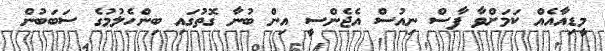
މީޑިއާއެއް ކަމަށްވާ ފާސް ނިއުސް އެޖެންސީ އިން ބުނާ ގޮތުގައި ބިންހެލުމުގެ ސަބަބުން